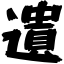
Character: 遺